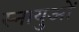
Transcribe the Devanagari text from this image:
स्‍नायुओं